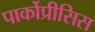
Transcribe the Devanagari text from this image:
पार्कोप्रीसिस